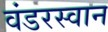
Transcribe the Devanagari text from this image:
वंडरस्वान